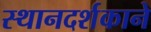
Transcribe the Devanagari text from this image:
स्थानदर्शकाने